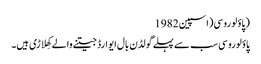
(پاؤلو روسی(اسپین 1982
پاؤلوروسی سب سے پہلے گولڈن بال ایوارڈ جیتنے والے کھِلاڑی ہیں۔